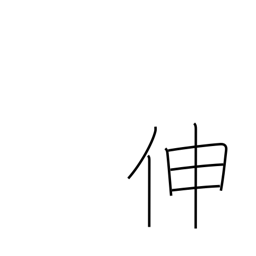
Meaning: increase